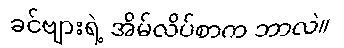
ခင်ဗျားရဲ့ အိမ်လိပ်စာက ဘာလဲ။